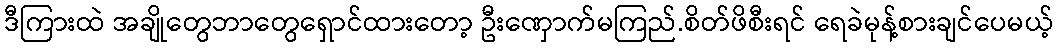
ဒီကြားထဲ အချိုတွေဘာတွေရှောင်ထားတော့ ဦးဏှောက်မကြည်.စိတ်ဖိစီးရင် ရေခဲမုန့်စားချင်ပေမယ့်